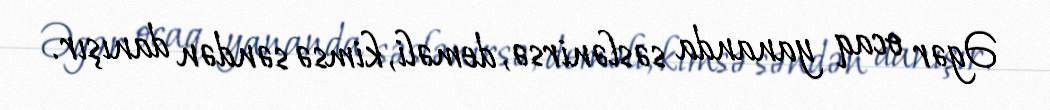
Əgər ocaq yananda səslənirsə, deməli, kimsə səndən danışır.